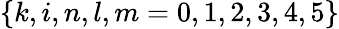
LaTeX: \left\{ k,i,n,l,m=0,1,2,3,4,5\right\}